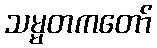
သမ္မတကတော်